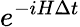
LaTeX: e^{-iH\Delta t}